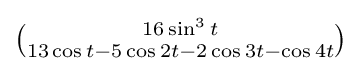
\textstyle {\binom {16\sin ^{\scriptscriptstyle 3}t}{13\cos {}t-5\cos 2t-2\cos 3t-\cos 4t}}